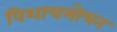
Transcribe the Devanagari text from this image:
पिशाचमोचन